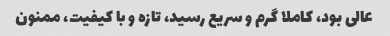
عالی بود، کاملا گرم و سریع رسید، تازه و با کیفیت، ممنون